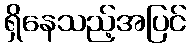
ရှိနေသည့်အပြင်